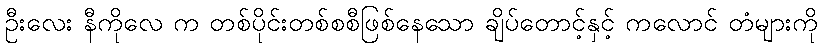
ဦးလေး နီကိုလေ က တစ်ပိုင်းတစ်စစီဖြစ်နေသော ချိပ်တောင့်နှင့် ကလောင် တံများကို